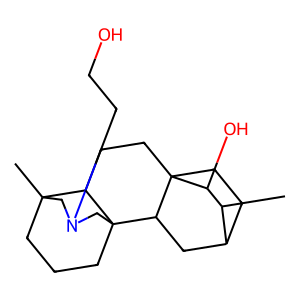
SMILES: CC1C2CCC3(CCC4C5(C)CCCC4(CN(CCO)C5)C3C2)C1O
Inhibits HIV replication: No